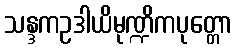
သန္ဒကဥဒါယိမုဏ္ဍိကပုတ္တော